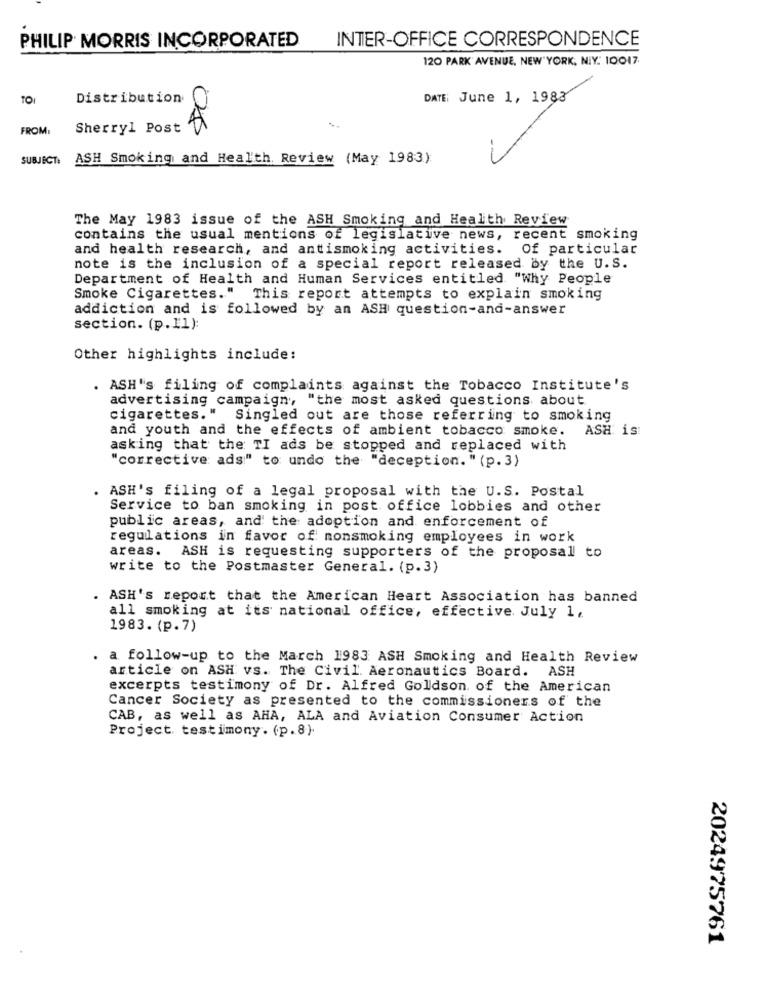
PHILIP MORRIS INCORPORATED
INTER-OFFICE CORRESPONDENCE
120 PARK AVENUE, NEW YORK, NIY. 10017.
TOI
Distribution
C
DATE: June 1, 1983
FROM:
Sherryl Post
8
SUBJECT:
ASH Smoking and Health. Review (May 1983)
The May 1983 issue of the ASH Smoking and Health Review
contains the usual mentions of legislative news, recent smoking
and health research, and antismoking activities. Of particular
note is the inclusion of a special report released by the U.S.
Department of Health and Human Services entitled "Why People
Smoke Cigarettes." This report attempts to explain smoking
addiction and is followed by an ASH question-and-answer
section. (p.11):
Other highlights include:
. ASH's filing of complaints against the Tobacco Institute's
advertising campaign, "the most asked questions about
cigarettes." Singled out are those referring to smoking
and youth and the effects of ambient tobacco smoke.
ASH is:
asking that the TI ads be stopped and replaced with
"corrective ads" to undo the "deception. " (p.3)
ASH's filing of a legal proposal with the U.S. Postal
Service to ban smoking in post office lobbies and other
public areas, and the adoption and enforcement of
regulations in favor of nonsmoking employees in work
areas. ASH is requesting supporters of the proposal to
write to the Postmaster General. (p.3)
. ASH's report that the American Heart Association has banned
all smoking at its national office, effective. July 1,
1983. (p.7)
. a follow-up to the March 1983 ASH Smoking and Health Review
article on ASH vs. The Civil. Aeronautics Board. ASH
excerpts testimony of Dr. Alfred Goldson of the American
Cancer Society as presented to the commissioners of the
CAB, as well as AHA, ALA and Aviation Consumer Action
Project testimony. (p.8).
2024975761